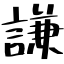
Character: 謙